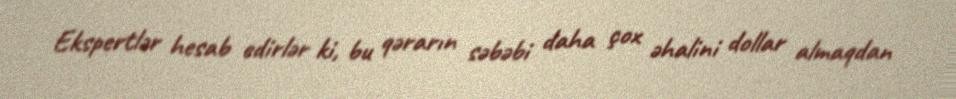
Ekspertlər hesab edirlər ki, bu qərarın səbəbi daha çox əhalini dollar almaqdan